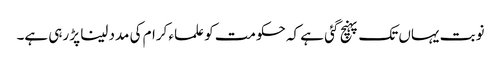
نوبت یہاں تک پہنچ گئی ہے کہ حکومت کو علماء کرام کی مدد لینا پڑ رہی ہے۔